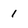
Character: 1